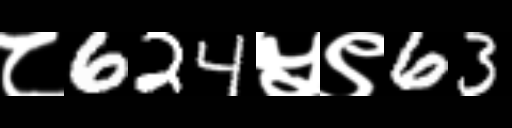
Text: ८624५९63